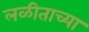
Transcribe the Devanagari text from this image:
लळीताच्या